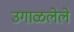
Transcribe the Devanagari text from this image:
उगाळलेले